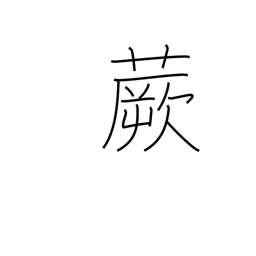
Meaning: fernbrake